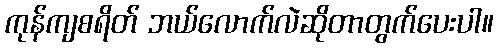
ကုန်ကျစရိတ် ဘယ်လောက်လဲဆိုတာတွက်ပေးပါ။